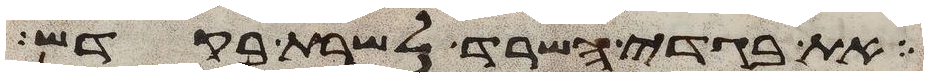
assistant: את בגדי השרד לשרת בקדש